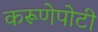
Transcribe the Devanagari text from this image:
करूणेपोटी